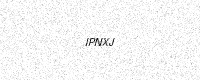
Text: IPNXJ